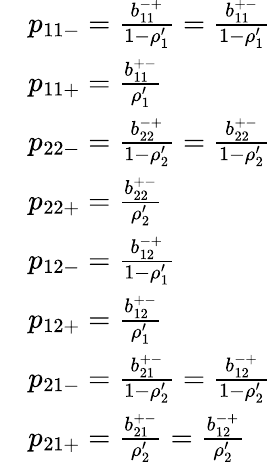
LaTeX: \begin{array}{rl}&{p_{11-}=\frac{b_{11}^{-+}}{1-\rho_{1}^{\prime}}=\frac{b_{11}^{+-}}{1-\rho_{1}^{\prime}}}\\ &{p_{11+}=\frac{b_{11}^{+-}}{\rho_{1}^{\prime}}}\\ &{p_{22-}=\frac{b_{22}^{-+}}{1-\rho_{2}^{\prime}}=\frac{b_{22}^{+-}}{1-\rho_{2}^{\prime}}}\\ &{p_{22+}=\frac{b_{22}^{+-}}{\rho_{2}^{\prime}}}\\ &{p_{12-}=\frac{b_{12}^{-+}}{1-\rho_{1}^{\prime}}}\\ &{p_{12+}=\frac{b_{12}^{+-}}{\rho_{1}^{\prime}}}\\ &{p_{21-}=\frac{b_{21}^{+-}}{1-\rho_{2}^{\prime}}=\frac{b_{12}^{-+}}{1-\rho_{2}^{\prime}}}\\ &{p_{21+}=\frac{b_{21}^{+-}}{\rho_{2}^{\prime}}=\frac{b_{12}^{-+}}{\rho_{2}^{\prime}}}\end{array}